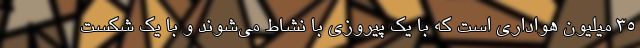
35 میلیون هواداری است که با یک پیروزی با نشاط می‌شوند و با یک شکست